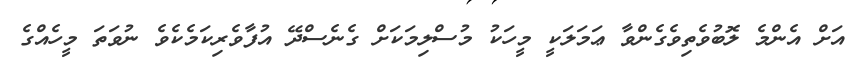
އަށް އެންމެ ލޮބުވެތިވެގެންވާ ޢަމަލަކީ މީހަކު މުސްލިމަކަށް ގެނެސްދޭ އުފާވެރިކަމެކެވެ ނުވަތަ މީހެއްގެ